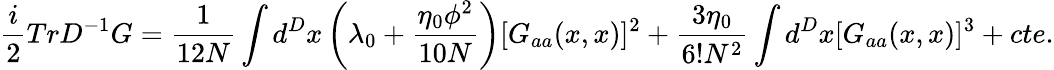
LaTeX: \frac{i}{2}TrD^{-1}G=\frac{1}{12N}\int d^{D}x\left(\lambda_{0}+\frac{\eta_{0}\phi^{2}}{10N}\right)[G_{aa}(x,x)]^{2}+\frac{3\eta_{0}}{6!N^{2}}\int d^{D}x[G_{aa}(x,x)]^{3}+cte.